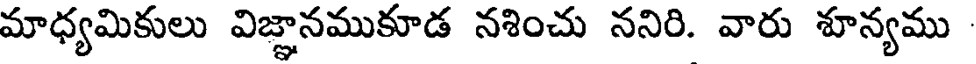
మాధ్యమికులు విజ్ఞానముకూడ నశించు ననిరి. వారు శూన్యము